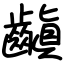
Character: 齻